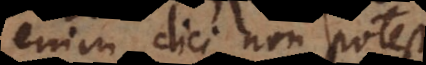
enim dici non potest